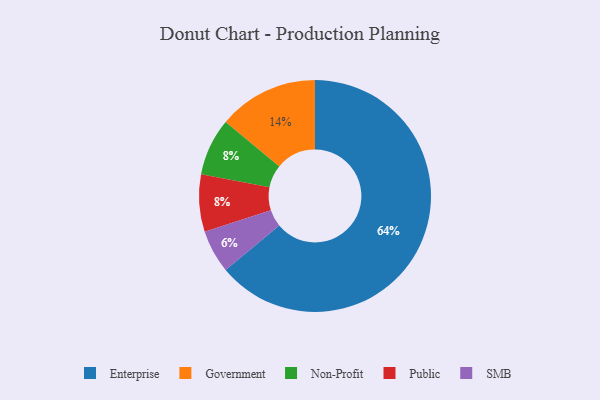
{"axis": {"x": "Category", "y": "Percentage"}, "legend": ["Enterprise", "Government", "Non-Profit", "Public", "SMB"], "data": [{"x": "SMB", "y": 6, "type": "SMB"}, {"x": "Government", "y": 14, "type": "Government"}, {"x": "Enterprise", "y": 64, "type": "Enterprise"}, {"x": "Non-Profit", "y": 8, "type": "Non-Profit"}, {"x": "Public", "y": 8, "type": "Public"}]}